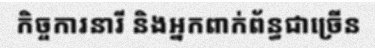
កិច្ចការនារី និងអ្នកពាក់ព័ន្ធជាច្រើន